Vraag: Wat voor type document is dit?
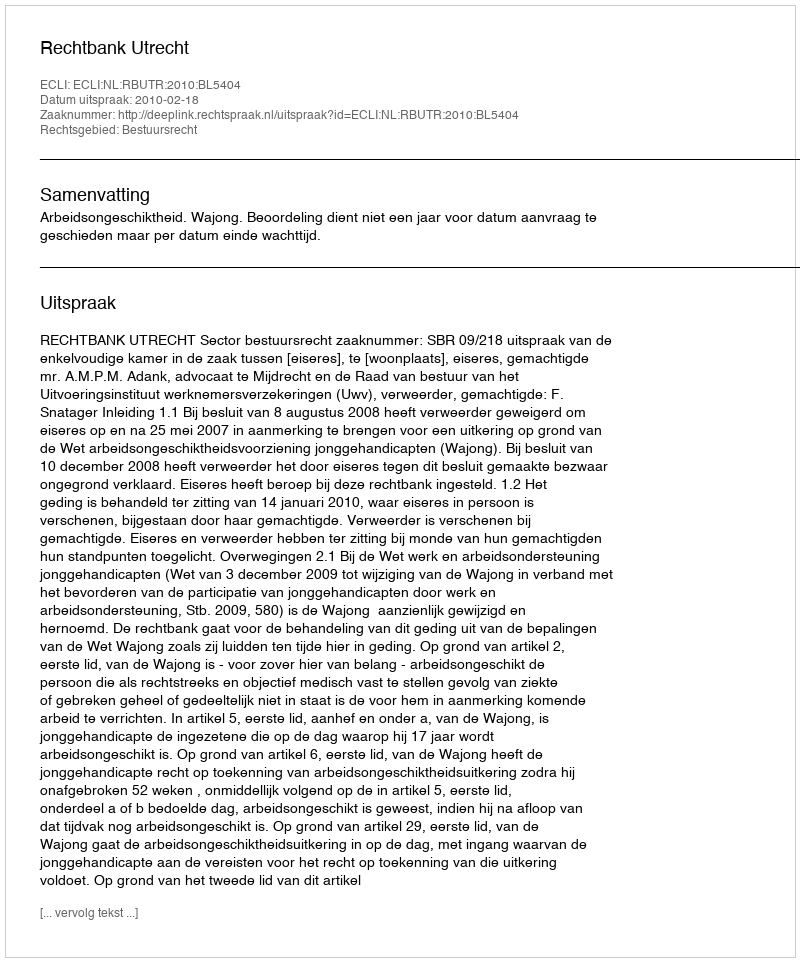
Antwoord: Uitspraak